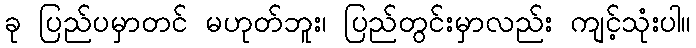
ခု ပြည်ပမှာတင် မဟုတ်ဘူး၊ ပြည်တွင်းမှာလည်း ကျင့်သုံးပါ။